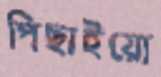
পিছাইয়ো